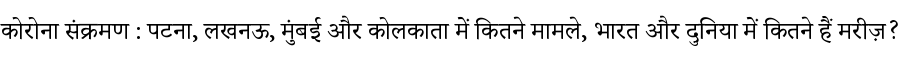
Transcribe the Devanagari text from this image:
कोरोना संक्रमण : पटना, लखनऊ, मुंबई और कोलकाता में कितने मामले, भारत और दुनिया में कितने हैं मरीज़?